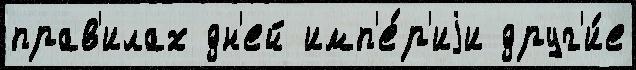
прав'илах дн'ей имп'е́р'иjи друг'и́е